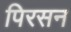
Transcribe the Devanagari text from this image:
पिरसन